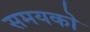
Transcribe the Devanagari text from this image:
समयको